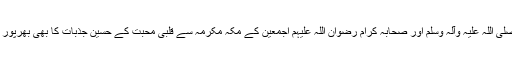
نیز رسولِ مکرم صلی اللہ علیہ وآلہ وسلم اور صحابہ کرام رضوان اللہ علیہم اجمعین کے مکہ مکرمہ سے قلبی محبت کے حسین جذبات کا بھی بھرپور اظہار کیا گیا ہے۔